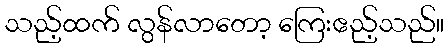
သည့်ထက် လွန်လာတော့ ကြေးဧည့်သည်။